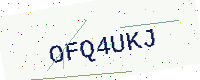
Text: OFQ4UKJ